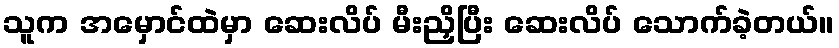
သူက အမှောင်ထဲမှာ ဆေးလိပ် မီးညှိပြီး ဆေးလိပ် သောက်ခဲ့တယ်။